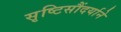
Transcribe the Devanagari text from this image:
सृष्टिसौंदर्याने